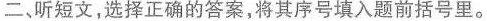
二、听短文,选择正确的答案,将其序号填入题前括号里。